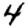
Digit: 4